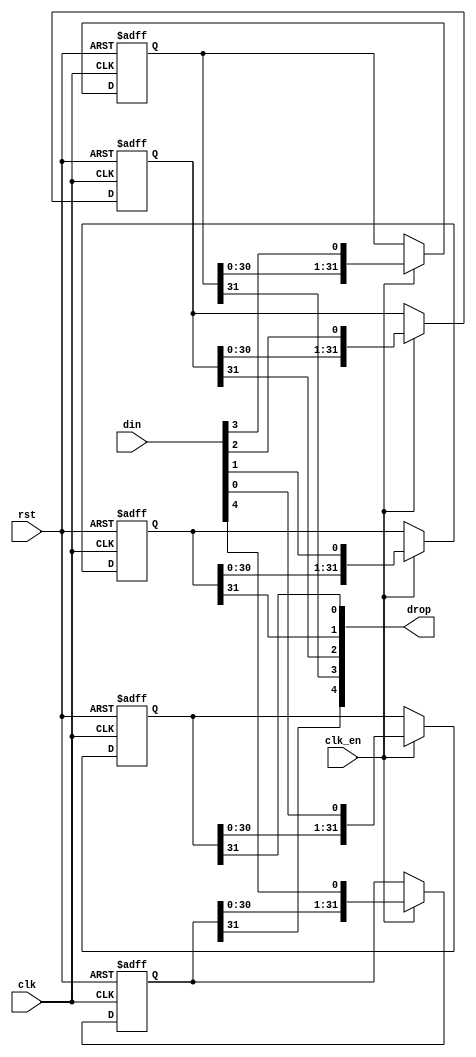
/*
  
   Multicore 2 / Multicore 2+
  
   Copyright (c) 2017-2020 - Victor Trucco

  
   All rights reserved
  
   Redistribution and use in source and synthezised forms, with or without
   modification, are permitted provided that the following conditions are met:
  
   Redistributions of source code must retain the above copyright notice,
   this list of conditions and the following disclaimer.
  
   Redistributions in synthesized form must reproduce the above copyright
   notice, this list of conditions and the following disclaimer in the
   documentation and/or other materials provided with the distribution.
  
   Neither the name of the author nor the names of other contributors may
   be used to endorse or promote products derived from this software without
   specific prior written permission.
  
   THIS CODE IS PROVIDED BY THE COPYRIGHT HOLDERS AND CONTRIBUTORS "AS IS"
   AND ANY EXPRESS OR IMPLIED WARRANTIES, INCLUDING, BUT NOT LIMITED TO,
   THE IMPLIED WARRANTIES OF MERCHANTABILITY AND FITNESS FOR A PARTICULAR
   PURPOSE ARE DISCLAIMED. IN NO EVENT SHALL THE AUTHOR OR CONTRIBUTORS BE
   LIABLE FOR ANY DIRECT, INDIRECT, INCIDENTAL, SPECIAL, EXEMPLARY, OR
   CONSEQUENTIAL DAMAGES (INCLUDING, BUT NOT LIMITED TO, PROCUREMENT OF
   SUBSTITUTE GOODS OR SERVICES; LOSS OF USE, DATA, OR PROFITS; OR BUSINESS
   INTERRUPTION) HOWEVER CAUSED AND ON ANY THEORY OF LIABILITY, WHETHER IN
   CONTRACT, STRICT LIABILITY, OR TORT (INCLUDING NEGLIGENCE OR OTHERWISE)
   ARISING IN ANY WAY OUT OF THE USE OF THIS SOFTWARE, EVEN IF ADVISED OF THE
   POSSIBILITY OF SUCH DAMAGE.
  
   You are responsible for any legal issues arising from your use of this code.
  
*//*  This file is part of JT6295.

    JT6295 is free software: you can redistribute it and/or modify
    it under the terms of the GNU General Public License as published by
    the Free Software Foundation, either version 3 of the License, or
    (at your option) any later version.

    JT6295 is distributed in the hope that it will be useful,
    but WITHOUT ANY WARRANTY; without even the implied warranty of
    MERCHANTABILITY or FITNESS FOR A PARTICULAR PURPOSE.  See the
    GNU General Public License for more details.

    You should have received a copy of the GNU General Public License
    along with JT6295.  If not, see <http://www.gnu.org/licenses/>.

	Author: Jose Tejada Gomez. Twitter: @topapate
	Version: 1.0
	Date: 6-1-2020
	*/

`timescale 1ns / 1ps

// STAGES must be greater than 2
module jt6295_sh_rst #(parameter WIDTH=5, STAGES=32, RSTVAL=1'b0 )
(
	input					rst,	
	input 					clk,
	input					clk_en /* synthesis direct_enable */,
	input		[WIDTH-1:0]	din,
   	output		[WIDTH-1:0]	drop
);

reg [STAGES-1:0] bits[WIDTH-1:0];

genvar i;
integer k;
generate
initial
	for (k=0; k < WIDTH; k=k+1) begin
		bits[k] = { STAGES{RSTVAL}};
	end
endgenerate

generate
	for (i=0; i < WIDTH; i=i+1) begin: bit_shifter
		always @(posedge clk, posedge rst) 
			if( rst ) begin
				bits[i] <= {STAGES{RSTVAL}};
			end else if(clk_en) begin
				bits[i] <= {bits[i][STAGES-2:0], din[i]};
			end
		assign drop[i] = bits[i][STAGES-1];
	end
endgenerate

endmodule